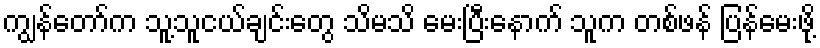
ကျွန်တော်က သူ့သူငယ်ချင်းတွေ သိမသိ မေးပြီးနောက် သူက တစ်ဖန် ပြန်မေးဖို့